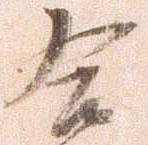
合